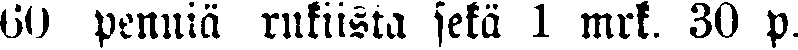
60 penniä rukiista sekä 1 mrk. 30 p.